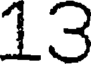
13